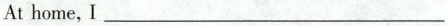
At home，I___